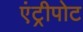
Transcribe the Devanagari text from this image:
एंट्रीपोट